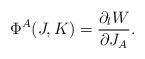
LaTeX: \begin{align*}\Phi^A(J,K)={\partial_l W\over \partial J_A}.\end{align*}